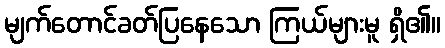
မျက်တောင်ခတ်ပြနေသော ကြယ်များမူ ရှိ၏။